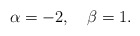
\begin{align*}\alpha=-2,\quad \beta=1.\end{align*}